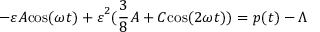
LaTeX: { - \varepsilon { \cal A } \mathrm { c } \mathrm { o } \mathrm { s } ( \omega t ) + \varepsilon } ^ { 2 } ( { \frac { 3 } { 8 } } { \cal A } + { \cal C } \mathrm { c } \mathrm { o } \mathrm { s } ( 2 \omega t ) ) = p ( t ) - \Lambda